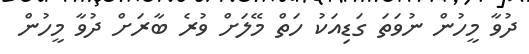
ދުވާ މީހުން ނުވަތަ ގަޑިއަކު ހަތް މޭލަށް ވުރެ ބާރަށް ދުވާ މީހުން